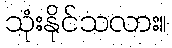
သုံးနိုင်သလား။